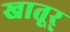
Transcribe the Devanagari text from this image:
खातूर्